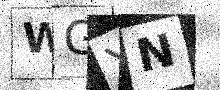
Text: WGYN